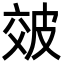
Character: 㿰